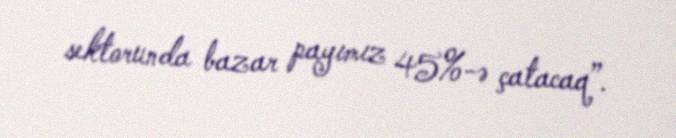
sektorunda bazar payımız 45%-ə çatacaq”.